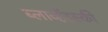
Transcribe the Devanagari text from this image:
ब्लाव्हॅटस्की